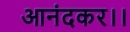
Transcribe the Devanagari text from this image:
आनंदकर।।